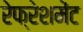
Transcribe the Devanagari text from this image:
रेफ्रेशमेंट